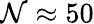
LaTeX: \mathcal{N}\approx50